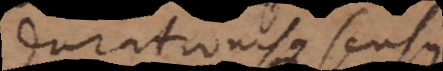
durationisque sensus